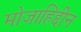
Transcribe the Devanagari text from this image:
मोजाहिद्दीन